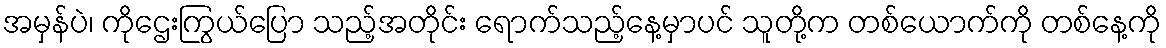
အမှန်ပဲ၊ ကိုဌေးကြွယ်ပြော သည့်အတိုင်း ရောက်သည့်နေ့မှာပင် သူတို့က တစ်ယောက်ကို တစ်နေ့ကို